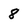
Character: 8